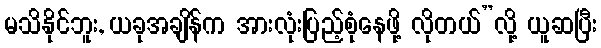
မသိနိုင်ဘူး, ယခုအချိန်က အားလုံးပြည့်စုံနေဖို့ လိုတယ်”လို့ ယူဆပြီး